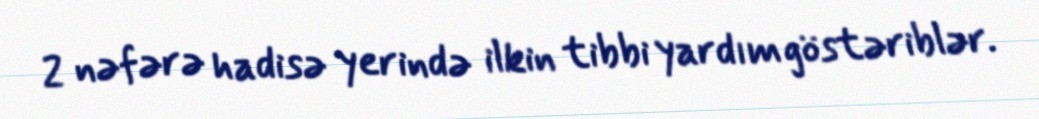
2 nəfərə hadisə yerində ilkin tibbi yardım göstəriblər.